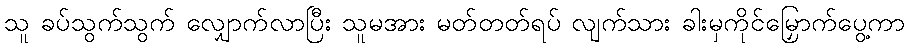
သူ ခပ်သွက်သွက် လျှောက်လာပြီး သူမအား မတ်တတ်ရပ် လျက်သား ခါးမှကိုင်မြှောက်ပွေ့ကာ